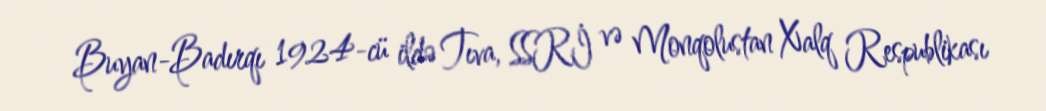
Buyan-Badırqı 1924-cü ildə Tıva, SSRİ və Monqolustan Xalq Respublikası